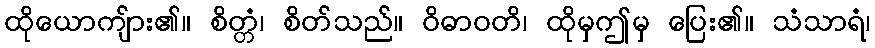
ထိုယောကျ်ား၏။ စိတ္တံ၊ စိတ်သည်။ ဝိဓာဝတိ၊ ထိုမှဤမှ ပြေး၏။ သံသာရံ၊